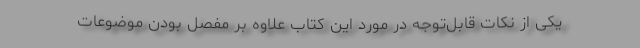
یکی از نکات قابل‌توجه در مورد این کتاب علاوه بر مفصل بودن موضوعات